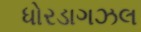
ધોરડાગઝલ